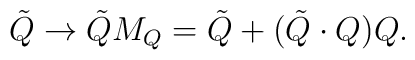
\tilde Q\rightarrow \tilde QM_Q=\tilde Q+(\tilde Q\cdot Q)Q.